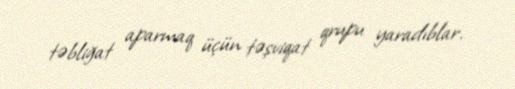
təbliğat aparmaq üçün təşviqat qrupu yaradıblar.